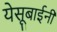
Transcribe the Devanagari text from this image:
येसूबाईनी